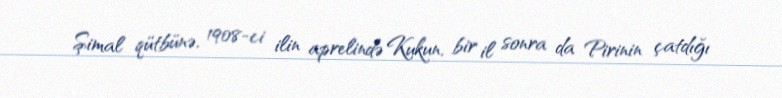
Şimal qütbünə, 1908-ci ilin aprelində Kukun, bir il sonra da Pirinin çatdığı